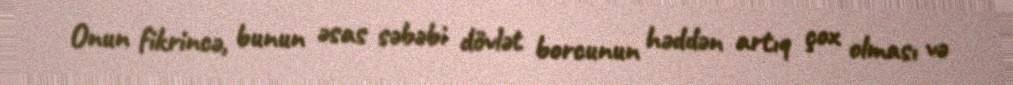
Onun fikrincə, bunun əsas səbəbi dövlət borcunun həddən artıq çox olması və